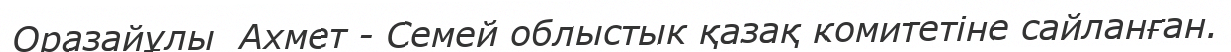
Оразайұлы  Ахмет - Семей облыстык қазақ комитетіне сайланған.